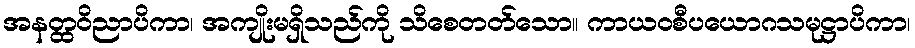
အနတ္ထဝိညာပိကာ၊ အကျိုးမရှိသည်ကို သိစေတတ်သော။ ကာယဝစီပယောဂသမုဋ္ဌာပိကာ၊